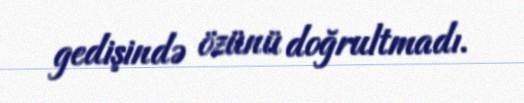
gedişində özünü doğrultmadı.